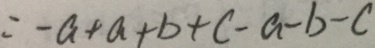
= - a + a + b + c - a - b - c